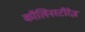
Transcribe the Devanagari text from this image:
कॉलिनस्टीरेज़